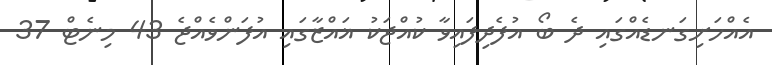
އެއްހަށިގަނޑެއްގައި ދެ ބޯ އުފެދިފައިވާ ކުއްޖަކު ޣައްޒާގައި އުފަންވެއްޖެ 43 މިނެޓް 37